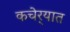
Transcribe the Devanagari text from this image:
कचेर्‍यात